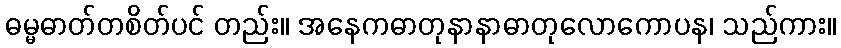
ဓမ္မဓာတ်တစိတ်ပင် တည်း။ အနေကဓာတုနာနာဓာတုလောကောပန၊ သည်ကား။